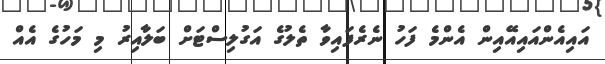
އައިއެންއައިއޭއިން އެންމެ ފަހު ނެރެފައިވާ ތެލުގެ އަގުލިސްޓަށް ބަލާއިރު މި މަހުގެ އެއް